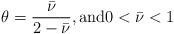
LaTeX: \begin{align*}\theta=\frac{\bar{\nu}}{2-\bar{\nu}},\mbox{and}0<\bar \nu<1\end{align*}